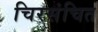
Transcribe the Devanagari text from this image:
चिरसंचित